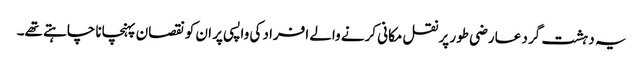
یہ دہشت گرد عارضی طور پر نقل مکانی کرنے والے افراد کی واپسی پر ان کو نقصان پہنچانا چاہتے تھے۔